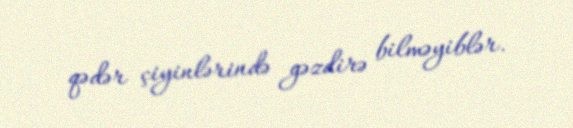
qədər çiyinlərində gəzdirə bilməyiblər.